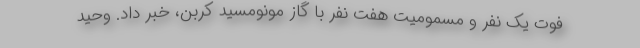
فوت یک نفر و مسمومیت هفت نفر با گاز مونومسید کربن، خبر داد. وحید